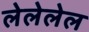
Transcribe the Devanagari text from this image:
लेलेलेल